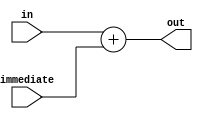
//////////////////////////////////////////////////////////////////////////////////
// Course: Cooper Union ECE151A Spring 2016
// Professor: Professor Marano
// Module Name: Addition.v
// Description: Adding 1 to PC to increment it
//////////////////////////////////////////////////////////////////////////////////

`timescale 1ns / 1ns

module addimm(out, in, immediate);

//-------------Input Ports-----------------------------
input wire [7:0] in;			//8 bits of data1
input wire [7:0] immediate;
//-------------Output Ports----------------------------
output reg [7:0] out; 	//8 bits of result

//------------------Instructions-----------------------

// 001: add
// 010: nand
// 011: comparison
// 100: shift left
// 101: shift right
// 110: equal

always @*
begin
	out = in + immediate;
end


endmodule